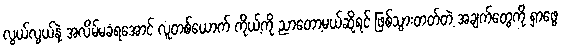
လွယ်လွယ်နဲ့ အလိမ်မခံရအောင် လူတစ်ယောက် ကိုယ့်ကို ညာတော့မယ်ဆိုရင် ဖြစ်သွားတတ်တဲ့ အချက်တွေကို ရှာဖွေ